Vaccination in Bombay 1856-1862 - 1856-1862
Year: 1856
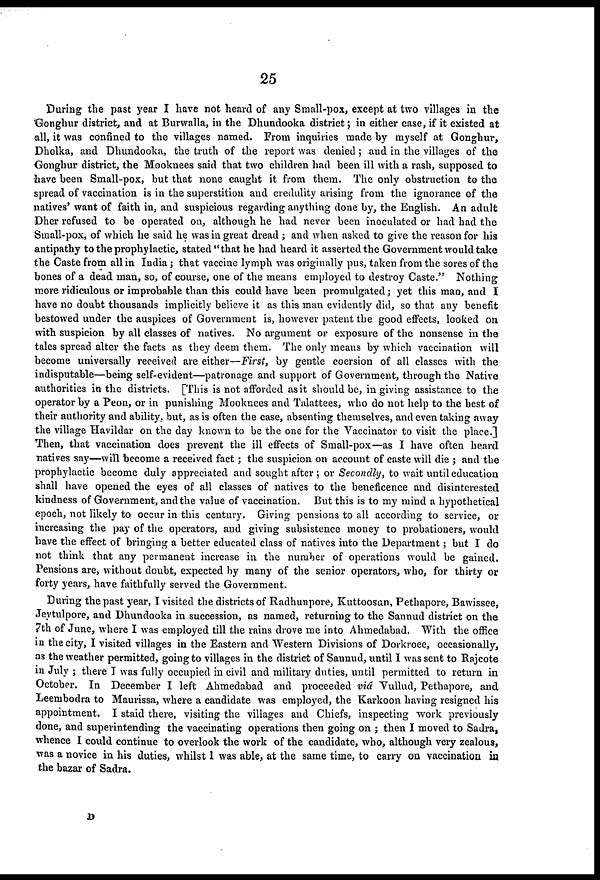
25
During the past year I have not heard of any Small-pox, except at two villages in the
Gonghur district, and at Burwalla, in the Dhundooka district; in either case, if it existed at
all, it was confined to the villages named. From inquiries made by myself at Gonghur,
Dholka, and Dhundooka, the truth of the report was denied; and in the villages of the
Gonghur district, the Mooknees said that two children had been ill with a rash, supposed to
have been Small-pox, but that none caught it from them. The only obstruction to the
spread of vaccination is in the superstition and credulity arising from the ignorance of the
natives' want of faith in, and suspicious regarding anything done by, the English. An adult
Dher refused to be operated on, although he had never been inoculated or had had the
Small-pox, of which he said he was in great dread ; and when asked to give the reason for his
antipathy to the prophylactic, stated "that he had heard it asserted the Government would take
the Caste from all in India; that vaccine lymph was originally pus, taken from the sores of the
bones of a dead man, so, of course, one of the means employed to destroy Caste." Nothing
more ridiculous or improbable than this could have been promulgated; yet this man, and I
have no doubt thousands implicitly believe it as this man evidently did, so that any benefit
bestowed under the auspices of Government is, however patent the good effects, looked on
with suspicion by all classes of natives. No argument or exposure of the nonsense in the
tales spread alter the facts as they deem them. The only means by which vaccination will
become universally received are either—First, by gentle coersion of all classes with the
indisputable—being self-evident—patronage and support of Government, through the Native
authorities in the districts. [This is not afforded as it should be, in giving assistance to the
operator by a Peon, or in punishing Mooknees and Talattees, who do not help to the best of
their authority and ability, but, as is often the case, absenting themselves, and even taking away
the village Havildar on the day known to be the one for the Vaccinator to visit the place.]
Then, that vaccination does prevent the ill effects of Small-pox—as I have often heard
natives say—will become a received fact; the suspicion on account of caste will die ; and the
prophylactic become duly appreciated and sought after ; or Secondly, to wait until education
shall have opened the eyes of all classes of natives to the beneficence and disinterested
kindness of Government, and the value of vaccination. But this is to my mind a hypothetical
epoch, not likely to occur in this century. Giving pensions to all according to service, or
increasing the pay of the operators, and giving subsistence money to probationers, would
have the effect of bringing a better educated class of natives into the Department; but I do
not think that any permanent increase in the number of operations would be gained.
Pensions are, without doubt, expected by many of the senior operators, who, for thirty or
forty years, have faithfully served the Government.
During the past year, I visited the districts of Radhunpore, Kuttoosun, Pethapore, Bawissee,
Jeytulpore, and Dhundooka in succession, as named, returning to the Sannud district on the
7th of June, where I was employed till the rains drove me into Ahmedabad. With the office
in the city, I visited villages in the Eastern and Western Divisions of Dorkroee, occasionally,
as the weather permitted, going to villages in the district of Sannud, until I was sent to Rajcote
in July ; there I was fully occupied in civil and military duties, until permitted to return in
October. In December I left Ahmedabad and proceeded viâ Vullud, Pethapore, and
Leembodra to Maurissa, where a candidate was employed, the Karkoon having resigned his
appointment. I staid there, visiting the villages and Chiefs, inspecting work previously
done, and superintending the vaccinating operations then going on ; then I moved to Sadra,
whence I could continue to overlook the work of the candidate, who, although very zealous,
was a novice in his duties, whilst I was able, at the same time, to carry on vaccination in
the bazar of Sadra.
D